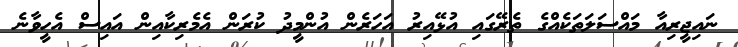
ނައިޖީރިއާ މައްސަލަތަކެއްގެ ތެރޭގައި އުޅޭއިރު އަހަރެން އުންމީދު ކުރަން އެމެރިކާއިން އައިސް އެހީވާނެ